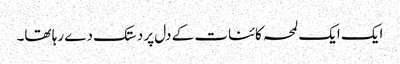
ایک ایک لمحہ کائنات کے دل پر دستک دے رہا تھا۔